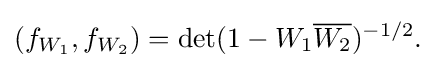
{(f_{W_{1}},f_{W_{2}})=\det(1-W_{1}{\overline {W_{2}}})^{-1/2}.}